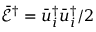
{ { \bar { \mathcal E } } ^ { \dag } } = \bar { u } _ { i } ^ { \dag } \bar { u } _ { i } ^ { \dag } / 2